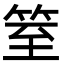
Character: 䇪